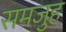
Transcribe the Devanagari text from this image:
समजुह